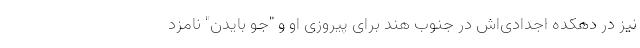
نیز در دهکده اجدادی‌‌اش در جنوب هند برای پیروزی او و "جو بایدن" نامزد